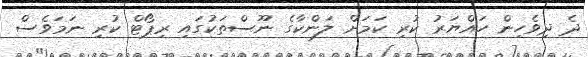
ދެ ދިވެހިން ހައްޔަރު ކުރި ކަމަށް ލަންކާގެ ނޫސްތަކުގައި ރިޕޯޓް ކުރި ނަމަވެސް